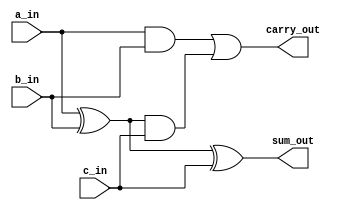
module Design_Adder(
input a_in,
input b_in,
input c_in,
output sum_out,
output carry_out
    );
    assign sum_out = (a_in ^ b_in) ^ c_in;
    assign carry_out = (a_in & b_in) | ((a_in ^ b_in) & c_in);
endmodule